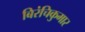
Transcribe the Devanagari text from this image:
बिरंचिकुमार